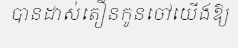
បានដាស់តឿនកូនចៅយើងឱ្យ